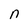
Character: n